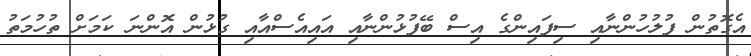
އެގޮތުން ފުލުހުންނާއި ސިފައިންގެ އިސް ބޭފުޅުންނާއި އައިއެސްއާއި ގުޅުން އޮންނަ ކަމަށް ތުހުމަތު